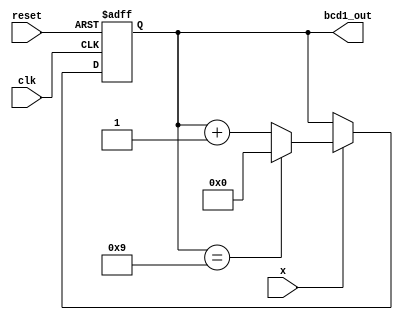
/*                *
 * bcd1.v         *
 * 4-bit   *
 *                */
module bcd1(clk, reset, x, bcd1_out);
  input clk, reset, x;
  output [3:0] bcd1_out;

  reg [3:0] count_reg;    // 4-bit 

  assign bcd1_out = count_reg;

  always @(posedge clk or negedge reset) begin
    if (reset == 1'b0) begin
      /***  ***/
      count_reg = 4'b0000;
    end else begin
      if ( x == 1'b1 ) begin  // x  1'b1 
        if ( count_reg == 4'b1001 ) begin  //  0  or 
          /***  0  ***/
          count_reg = 0;
        end else begin
          /***  ***/
          count_reg = count_reg + 1;
        end  // END: if ( count_reg == 4'b1001 ) begin  //  0  or 
      end  // END: if ( x == 1'b0 ) begin  // x  1'b1 
    end  // END: if (reset == 1'b0) begin
  end  // END: always @(posedge clk or negedge reset) begin
endmodule // bcd1